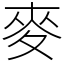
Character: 麥